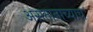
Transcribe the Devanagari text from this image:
असतानाच्याच